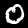
Label: 0